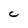
Character: C